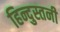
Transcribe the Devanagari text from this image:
हिन्दुस्तनी